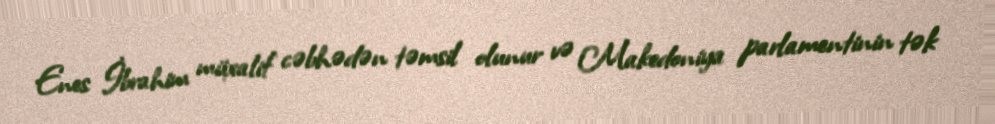
Enes İbrahim müxalif cəbhədən təmsil olunur və Makedoniya parlamentinin tək